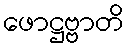
ဖောဋ္ဌဗ္ဗာတိ